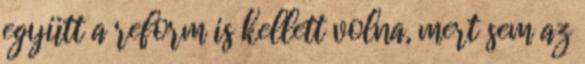
együtt a reform is kellett volna, mert sem az